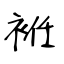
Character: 袵